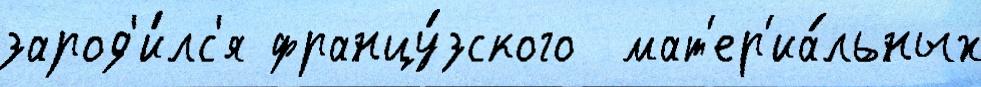
зарод'и́лс'я францу́зского  мат'ер'иа́льных